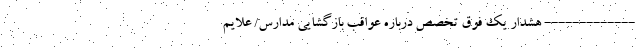
------------- هشدار یک فوق تخصص درباره عواقب بازگشایی مدارس/ علایم